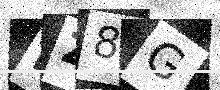
Text: FZ8G